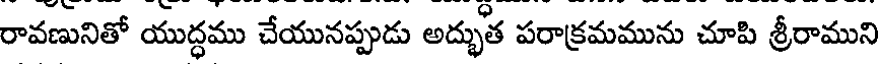
రావణునితో యుద్ధము చేయునప్పుడు అద్భుత పరాక్రమమును చూపి శ్రీరాముని